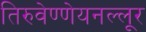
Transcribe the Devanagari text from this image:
तिरुवेण्णेयनल्लूर